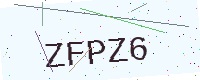
Text: ZFPZ6